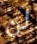
لن